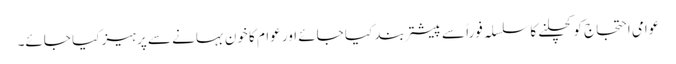
عوامی احتجاج کو کچلنے کا سلسلہ فوراً سے پیشتر بند کیا جائے اور عوام کا خون بہانے سے پرہیز کیا جائے۔